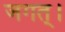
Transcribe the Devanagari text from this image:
जगत्।